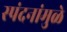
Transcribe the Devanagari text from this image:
स्पंदनांमुळे